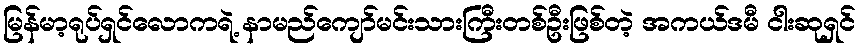
မြန်မာ့ရုပ်ရှင်လောကရဲ့ နာမည်ကျော်မင်းသားကြီးတစ်ဦးဖြစ်တဲ့ အကယ်ဒမီ ငါးဆုရှင်